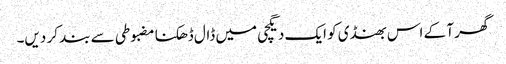
گھر آ کے اس بھنڈی کو ایک دیگچی میں ڈال ڈھکنا مضبوطی سے بند کر دیں۔